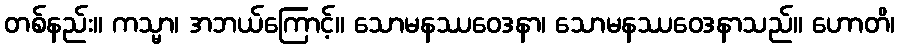
တစ်နည်း။ ကသ္မာ၊ အဘယ်ကြောင့်။ သောမနဿဝေဒနာ၊ သောမနဿဝေဒနာသည်။ ဟောတိ၊